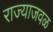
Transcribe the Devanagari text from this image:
राज्याजवळ